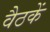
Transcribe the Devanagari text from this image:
वैठकें